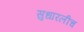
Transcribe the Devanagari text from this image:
सुधारलीच